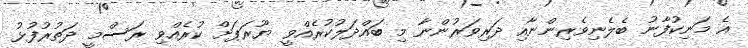
އެ މަނިކުފާނު ބެލެނިވެރިންނާއި ދަރިވަރުންނާ މި ބައްދަލުކުރެއްވީ ޔޫރަޕަށް ކުރެއްވި ރަސްމީ ދަތުރުފުޅު